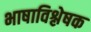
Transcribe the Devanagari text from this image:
भाषाविश्लेषक